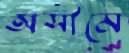
অসীমে